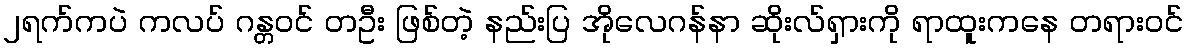
၂ရက်ကပဲ ကလပ် ဂန္တဝင် တဦး ဖြစ်တဲ့ နည်းပြ အိုလေဂန်နာ ဆိုးလ်ရှားကို ရာထူးကနေ တရားဝင်